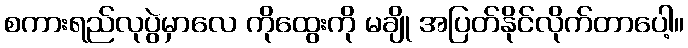
စကားရည်လုပွဲမှာလေ ကိုထွေးကို မချို အပြတ်နိုင်လိုက်တာပေါ့။